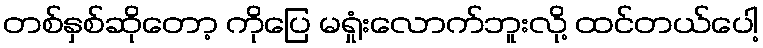
တစ်နှစ်ဆိုတော့ ကိုပြေ မရှုံးလောက်ဘူးလို့ ထင်တယ်ပေါ့